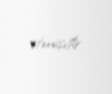
etmişdir.